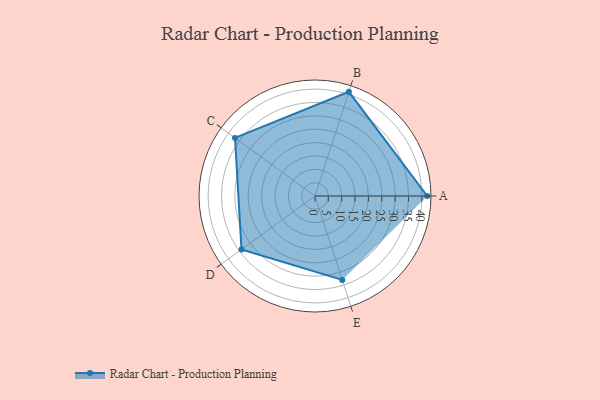
{"axis": {"x": "Skill", "y": "Score"}, "legend": ["Profile"], "data": [{"x": "A", "y": 42.0, "type": "Profile"}, {"x": "B", "y": 41.0, "type": "Profile"}, {"x": "C", "y": 37.0, "type": "Profile"}, {"x": "D", "y": 34.0, "type": "Profile"}, {"x": "E", "y": 33.0, "type": "Profile"}]}